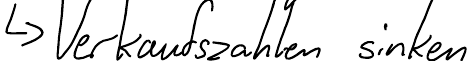
-> Verkaufszahlen sinken